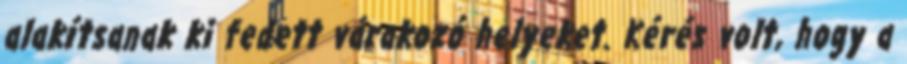
alakítsanak ki fedett várakozó helyeket. Kérés volt, hogy a